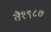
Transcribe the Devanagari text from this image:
ते१९८७